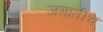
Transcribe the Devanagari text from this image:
जमातीच